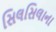
સિલસિલાના